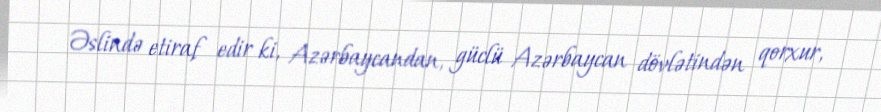
Əslində etiraf edir ki, Azərbaycandan, güclü Azərbaycan dövlətindən qorxur,